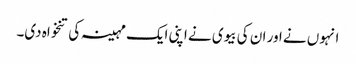
انہوں نے اور ان کی بیوی نے اپنی ایک مہینہ کی تنخواہ دی۔